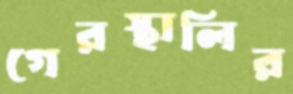
গেরস্থালির